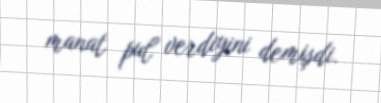
manat pul verdiyini demişdi.